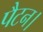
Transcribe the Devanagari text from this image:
पैटन।